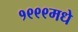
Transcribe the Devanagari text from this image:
१९९९मधे